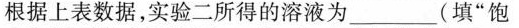
根据上表数据，实验二所得的溶液为__(填”饱